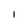
Character: I